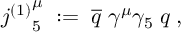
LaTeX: { j ^ { ( 1 ) } } _ { 5 } ^ { \mu } \; : = \; \overline { { { q } } } \; \gamma ^ { \mu } \gamma _ { 5 } \; q \; ,